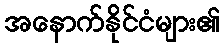
အနောက်နိုင်ငံများ၏